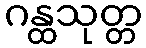
ဂန္ထသုတ္တ